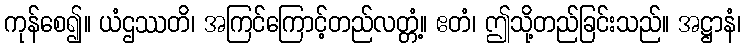
ကုန်စေ၍။ ယံဌဿတိ၊ အကြင်ကြောင့်တည်လတ္တံ့။ ဧတံ၊ ဤသို့တည်ခြင်းသည်။ အဋ္ဌာနံ၊